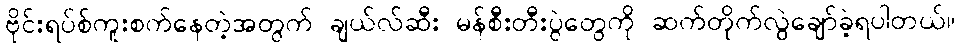
ဗိုင်းရပ်စ်ကူးစက်နေတဲ့အတွက် ချယ်လ်ဆီး မန်စီးတီးပွဲတွေကို ဆက်တိုက်လွဲချော်ခဲ့ရပါတယ်။